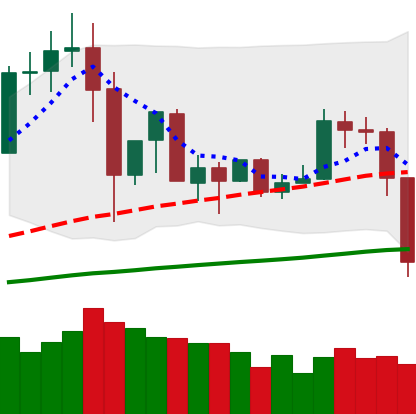
Ticker: TRX-USD
Chart end date: 2019-07-11
Forward return: -24.097%
Label: down_7plus